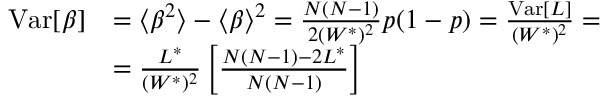
\begin{array} { r l } { \mathrm { V a r } [ \beta ] } & { = \langle \beta ^ { 2 } \rangle - \langle \beta \rangle ^ { 2 } = \frac { N ( N - 1 ) } { 2 ( W ^ { * } ) ^ { 2 } } p ( 1 - p ) = \frac { \mathrm { V a r } [ L ] } { ( W ^ { * } ) ^ { 2 } } = } \\ & { = \frac { L ^ { * } } { ( W ^ { * } ) ^ { 2 } } \left[ \frac { N ( N - 1 ) - 2 L ^ { * } } { N ( N - 1 ) } \right] } \end{array}